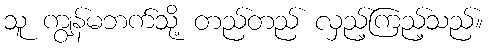
သူ ကျွန်မဘက်သို့ တည်တည် လှည့်ကြည့်သည်။